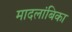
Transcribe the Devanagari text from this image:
मादलांबिका